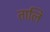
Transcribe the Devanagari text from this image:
तालि